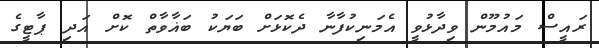
ރައީސް މައުމޫން ވިދާޅުވީ އެމަނިކުފާނާ ދެކޮޅަށް ބަޔަކު ބަޣާވާތް ކޮށް އަދި ޕާޓީގެ